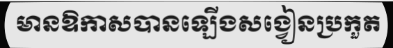
មានឱកាសបានឡើងសង្វៀនប្រកួត